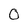
Character: 0